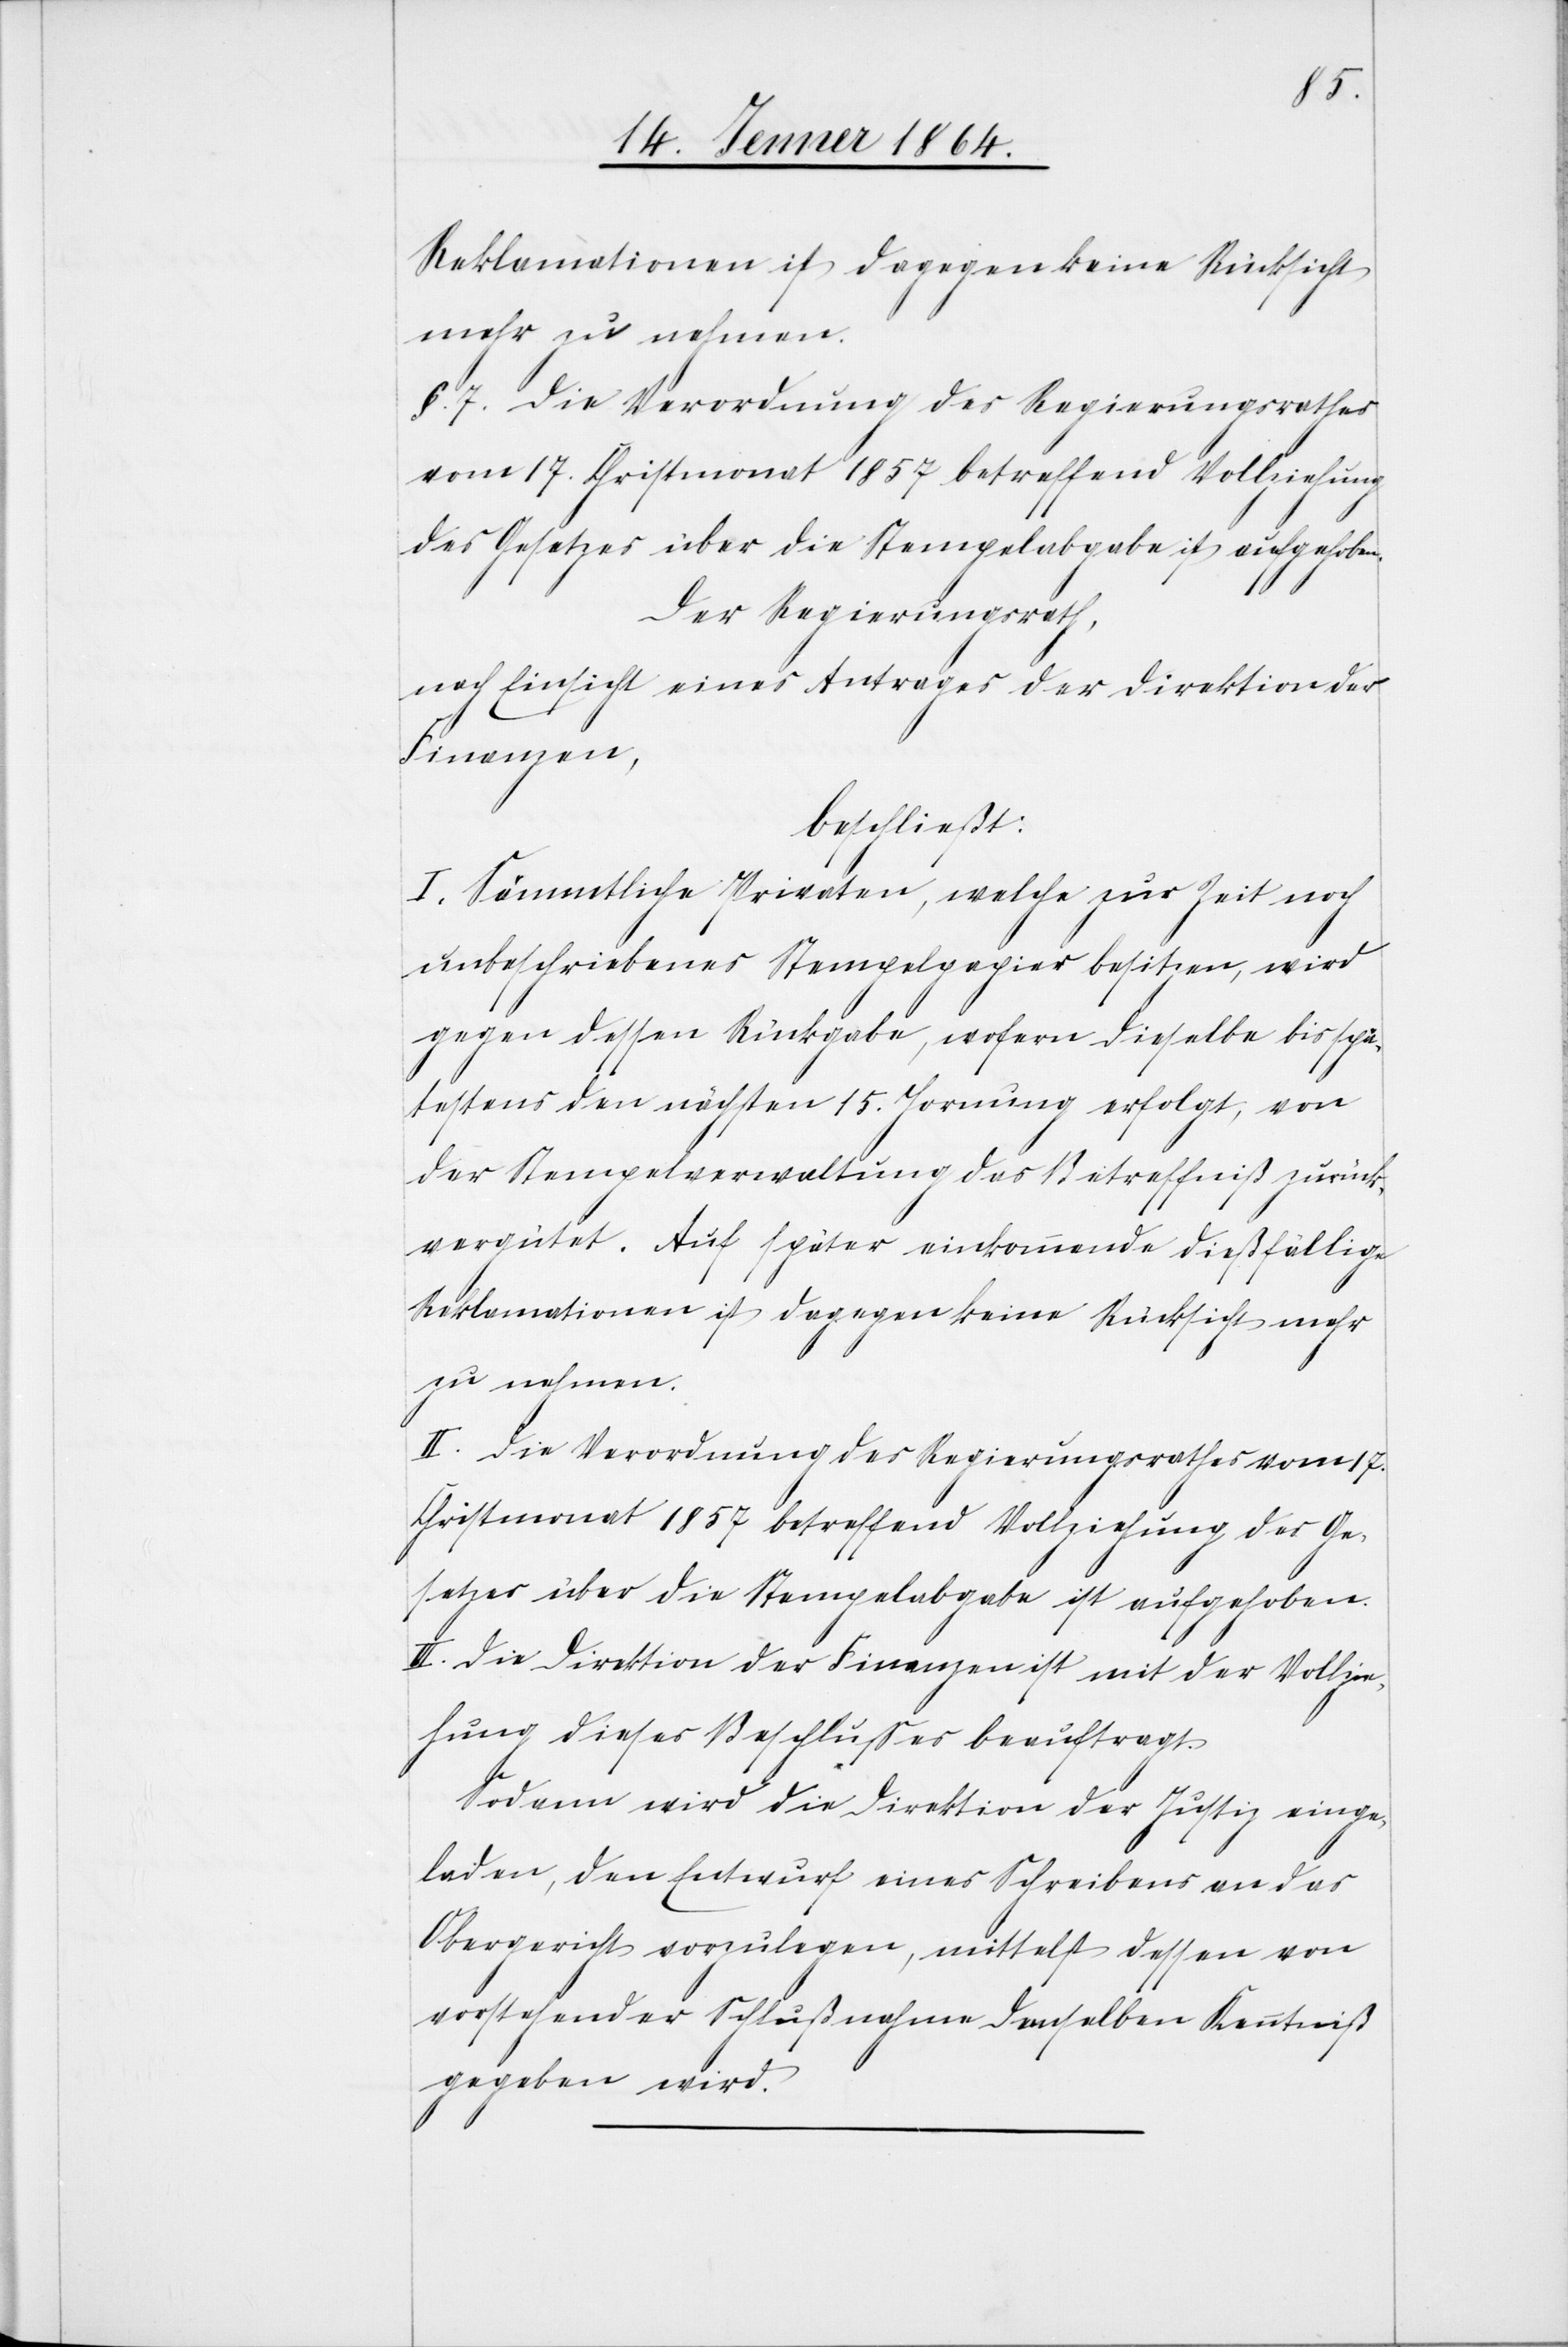
Reklamationen ist dagegen keine Rücksicht
mehr zu nehmen.
§. 7. Die Verordnung des Regierungsrathes
vom 17. Christmonat 1857 betreffend Vollziehung
des Gesetzes über die Stempelabgabe ist aufgehoben.
Der Regierungsrath,
nach Einsicht eines Antrages der Direktion der
Finanzen,
beschließt:
I. Sämmtliche [sic!] Privaten, welche zur Zeit noch
unbeschriebenes Stempelpapier besitzen, wird
gegen dessen Rückgabe, wofern dieselbe bis spä¬
testens den nächsten 15. Hornung erfolgt, von
der Stempelverwaltung das Betreffniß zurück¬
vergütet. Auf später einkommende dießfällige
Reklamationen ist dagegen keine Rücksicht mehr
zu nehmen.
II. Die Verordnung des Regierungsrathes vom 17.
Christmonat 1857 betreffend Vollziehung des Ge¬
setzes über die Stempelabgabe ist aufgehoben.
III. Die Direktion der Finanzen ist mit der Vollzie¬
hung dieses Beschlusses beauftragt.
Sodann wird die Direktion der Justiz einge¬
laden, den Entwurf eines Schreibens an das
Obergericht vorzulegen, mittelst dessen von
vorstehender Schlußnahme demselben Kenntniß
gegeben wird.